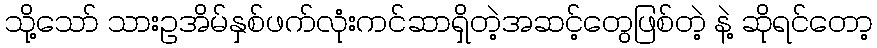
သို့သော် သားဥအိမ်နှစ်ဖက်လုံးကင်ဆာရှိတဲ့အဆင့်တွေဖြစ်တဲ့ နဲ့ ဆိုရင်တော့